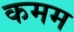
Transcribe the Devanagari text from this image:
कमम